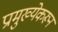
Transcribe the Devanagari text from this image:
प्रामुख्येकरून